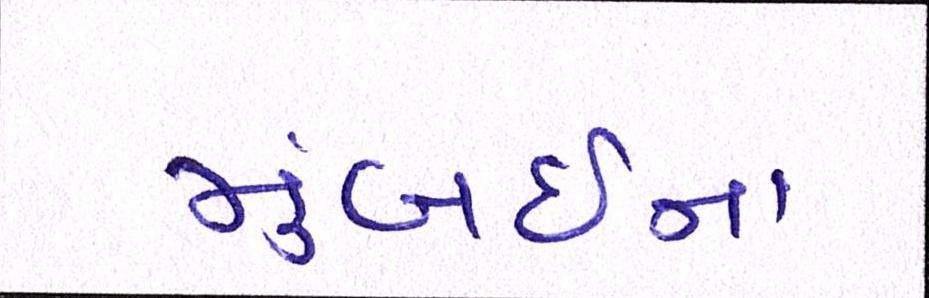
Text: મુંબઇના